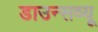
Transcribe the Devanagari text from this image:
डाउन्सव्यू